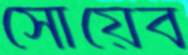
সোয়েব